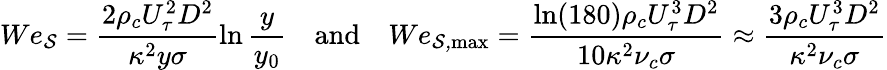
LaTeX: We_{\mathcal{S}}=\frac{2\rho_{c}U_{\tau}^{2}D^{2}}{\kappa^{2}y\sigma}\ln\frac{y}{y_{0}}\quad\mathrm{and}\quad We_{\mathcal{S,\mathrm{max}}}=\frac{\ln(180)\rho_{c}U_{\tau}^{3}D^{2}}{10\kappa^{2}\nu_{c}\sigma}\approx\frac{3\rho_{c}U_{\tau}^{3}D^{2}}{\kappa^{2}\nu_{c}\sigma}